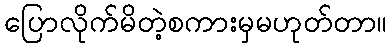
ပြောလိုက်မိတဲ့စကားမှမဟုတ်တာ။